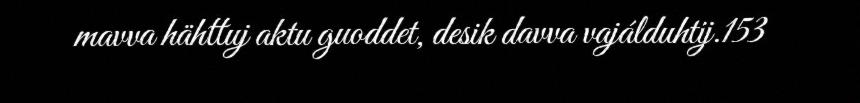
mavva hähttuj aktu guoddet, desik davva vajálduhtij.153